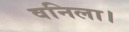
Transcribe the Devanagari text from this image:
वनिला।